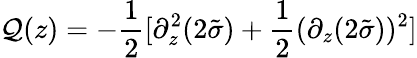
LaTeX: \mathcal{Q}(z)=-\frac{{1}}{{2}}[\partial_{z}^{2}(2\tilde{{\sigma}})+\frac{{1}}{{2}}(\partial_{z}(2\tilde{{\sigma}}))^{2}]